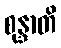
စုန္ဒာတိ